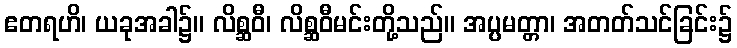
ဧတရဟိ၊ ယခုအခါ၌။ လိစ္ဆဝီ၊ လိစ္ဆဝီမင်းတို့သည်။ အပ္ပမတ္တာ၊ အတတ်သင်ခြင်း၌